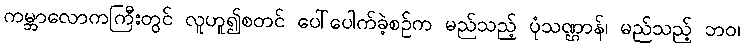
ကမ္ဘာလောကကြီးတွင် လူဟူ၍စတင် ပေါ်ပေါက်ခဲ့စဉ်က မည်သည့် ပုံသဏ္ဌာန်၊ မည်သည့် ဘဝ၊